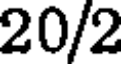
20/2